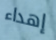
إهداء